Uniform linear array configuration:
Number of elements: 4
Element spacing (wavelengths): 1
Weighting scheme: blackman
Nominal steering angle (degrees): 45
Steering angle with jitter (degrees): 44.902
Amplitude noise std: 0.05
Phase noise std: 0.05

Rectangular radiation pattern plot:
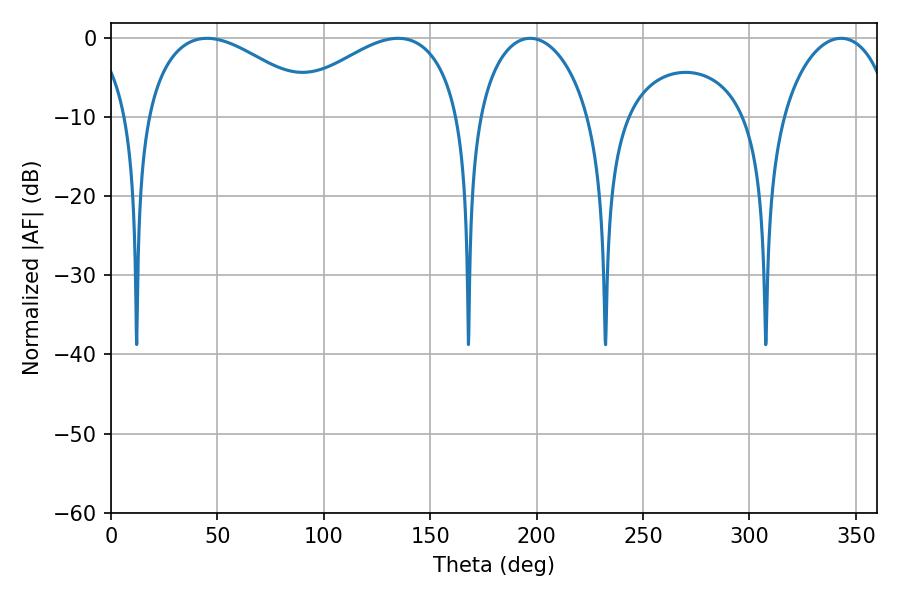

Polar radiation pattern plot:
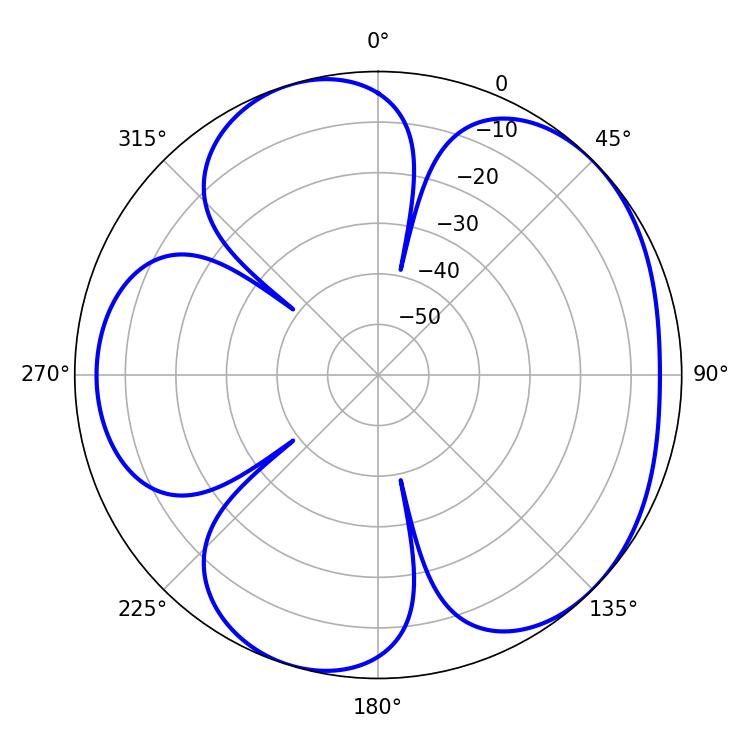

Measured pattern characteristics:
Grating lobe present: TRUE
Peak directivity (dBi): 4.918
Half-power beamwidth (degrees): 30.24
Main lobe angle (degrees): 196.92